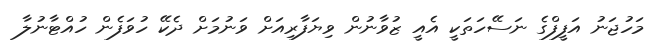
މަހުޖަނު އަފީފްގެ ނަސޭހަތަކީ އެއީ ޒުވާނުން ވިޔަފާރިއަށް ވަނުމަށް ދެކޭ ހުވަފެން ހުއްޓާނުލާ